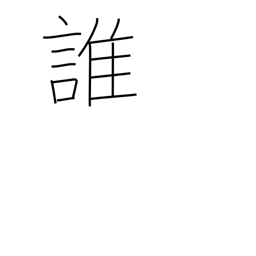
Meaning: who